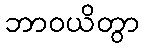
ဘာဝယိတွာ